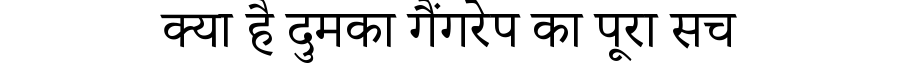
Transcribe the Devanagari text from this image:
क्या है दुमका गैंगरेप का पूरा सच